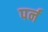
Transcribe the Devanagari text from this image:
पर्न